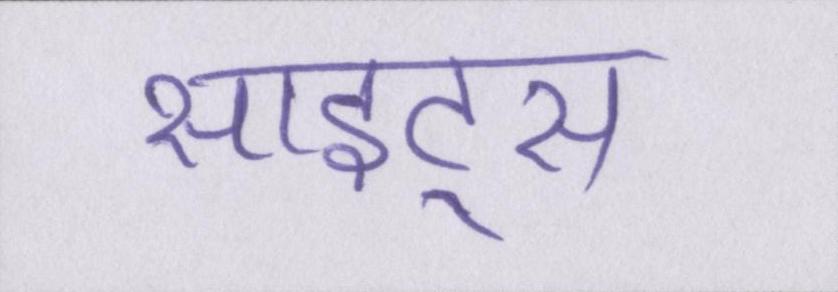
साइट्स